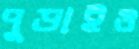
পুড়াইও